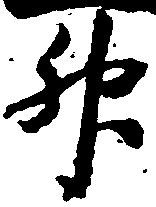
升